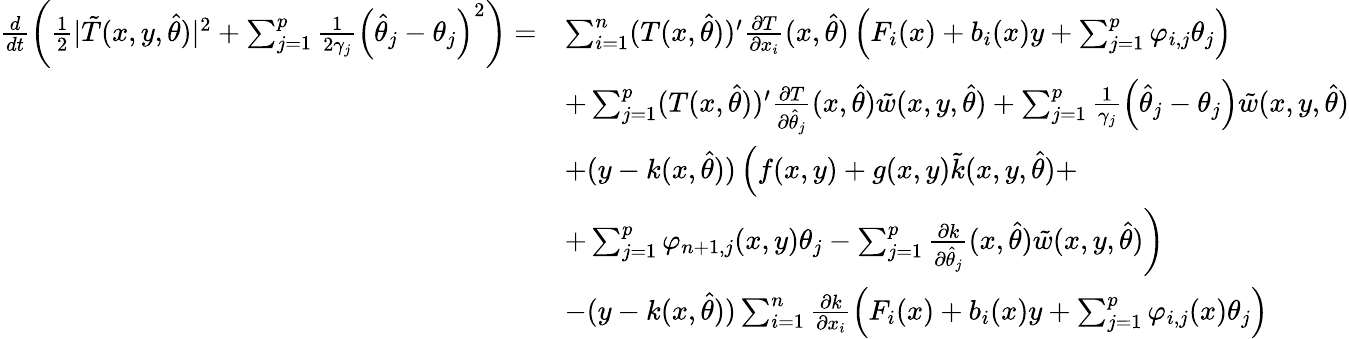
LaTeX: \begin{array}{rl}{\frac{d}{dt}\left(\frac{1}{2}\vert\tilde{T}(x,y,\hat{\theta})\vert^{2}+\sum_{j=1}^{p}\frac{1}{2\gamma_{j}}\left(\hat{\theta}_{j}-\theta_{j}\right)^{2}\right)=}&{\sum_{i=1}^{n}(T(x,\hat{\theta}))^{\prime}\frac{\partial T}{\partial x_{i}}(x,\hat{\theta})\left(F_{i}(x)+b_{i}(x)y+\sum_{j=1}^{p}\varphi_{i,j}\theta_{j}\right)}\\ &{+\sum_{j=1}^{p}(T(x,\hat{\theta}))^{\prime}\frac{\partial T}{\partial\hat{\theta}_{j}}(x,\hat{\theta})\tilde{w}(x,y,\hat{\theta})+\sum_{j=1}^{p}\frac{1}{\gamma_{j}}\left(\hat{\theta}_{j}-\theta_{j}\right)\tilde{w}(x,y,\hat{\theta})}\\ &{+(y-k(x,\hat{\theta}))\left(f(x,y)+g(x,y)\tilde{k}(x,y,\hat{\theta})+\right.}\\ &{\left.+\sum_{j=1}^{p}\varphi_{n+1,j}(x,y)\theta_{j}-\sum_{j=1}^{p}\frac{\partial k}{\partial\hat{\theta}_{j}}(x,\hat{\theta})\tilde{w}(x,y,\hat{\theta})\right)}\\ &{-(y-k(x,\hat{\theta}))\sum_{i=1}^{n}\frac{\partial k}{\partial x_{i}}\left(F_{i}(x)+b_{i}(x)y+\sum_{j=1}^{p}\varphi_{i,j}(x)\theta_{j}\right)}\end{array}